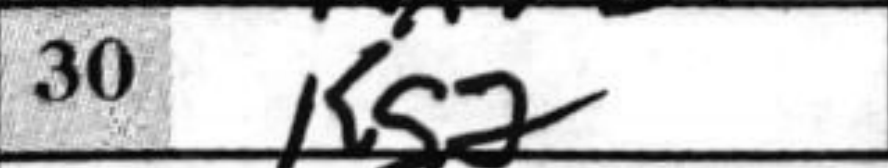
Transcription: Kg2